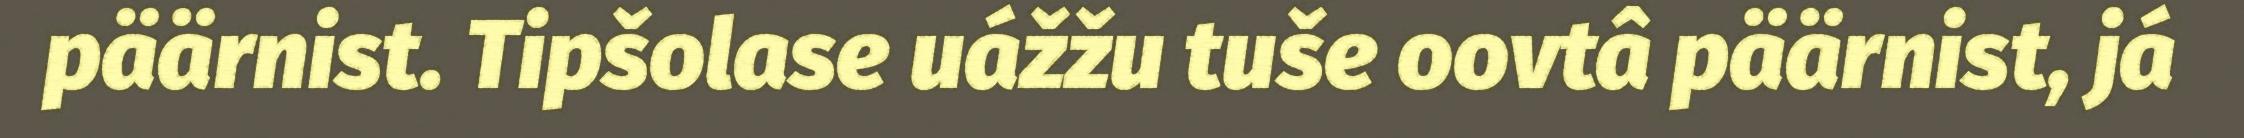
päärnist. Tipšolase uážžu tuše oovtâ päärnist, já